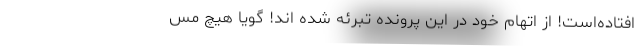
افتاده‌است! از اتهام خود در این پرونده تبرئه شده اند! گویا هیچ مس